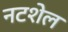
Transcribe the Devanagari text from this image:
नटशेल